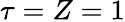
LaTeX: \tau=Z=1